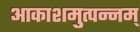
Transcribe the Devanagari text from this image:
आकाशमुत्पन्नम्‌